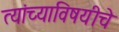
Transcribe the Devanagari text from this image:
त्यांच्याविषयीचे